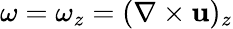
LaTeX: \omega=\omega_{z}=(\nabla\times\mathbf{u})_{z}